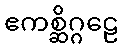
ဧကစ္ဆိဂ္ဂဠေ